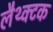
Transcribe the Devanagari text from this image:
लैथ्क्टक